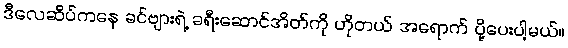
ဒီလေဆိပ်ကနေ ခင်ဗျားရဲ့ ခရီးဆောင်အိတ်ကို ဟိုတယ် အရောက် ပို့ပေးပါ့မယ်။